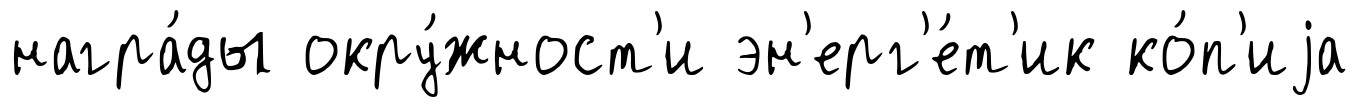
награ́ды окру́жност'и эн'ерг'е́т'ик ко́п'иjа